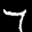
Label: 7